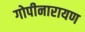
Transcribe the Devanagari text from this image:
गोपीनारायण